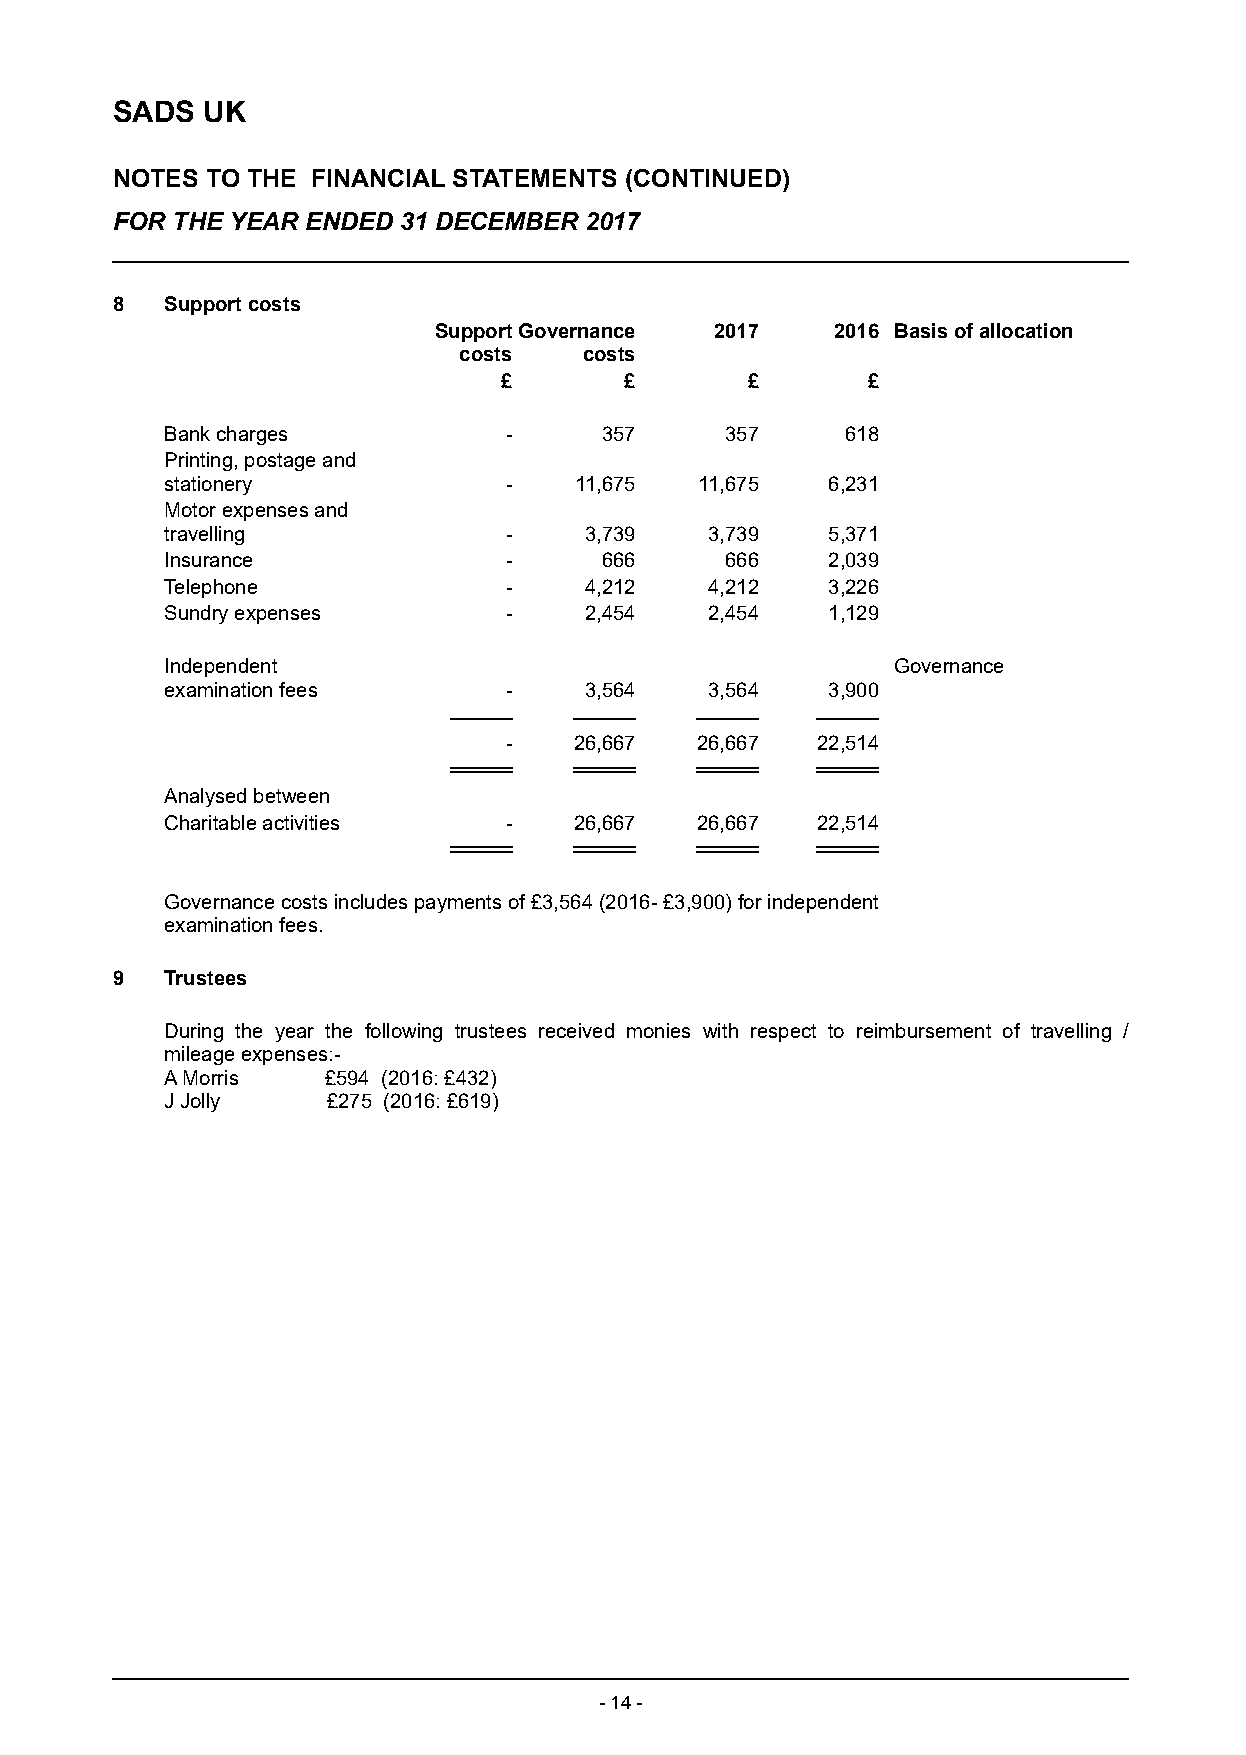
SADS  UK
 NOTES  TO THE FINANCIAL STATEMENTS (CONTINUED)
 FOR THE YEAR ENDED 31 DECEMBER  2017
 8   Support costs
 Support Governance 2017   2016 Basis of allocation
 costs    costs
 £       £       £       £
 Bank charges          -      357     357     618
 Printing, postage and
 stationery            -    11,675  11,675   6,231
 Motor expenses and
 travelling            -     3,739   3,739   5,371
 Insurance             -      666     666    2,039
 Telephone             -     4,212   4,212   3,226
 Sundry expenses       -     2,454   2,454   1,129
 Independent                                     Governance
 examination fees      -     3,564   3,564   3,900
 -    26,667  26,667  22,514
 Analysed between
 Charitable activities -    26,667  26,667  22,514
 Governance costs includes payments of £3 ,564 (2016- £3 ,900) for i ndependent
 examination f ees.
 9   Trustees
 During the year the following trustees received monies with respect to reimbursement of travelling /
 mileage expenses:-
 A Morris  £594 (2016: £432)
 J Jolly    £275 (2016: £619)
 - 14 -